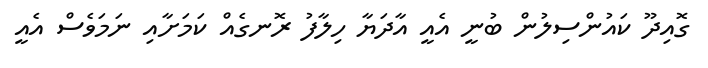
ގޮއިދޫ ކައުންސިލުން ބުނީ އެއީ އާދަޔާ ހިލާފު ރޮނގެއް ކަމަށާއި ނަމަވެސް އެއީ